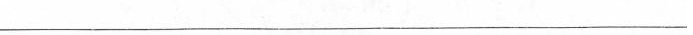
___